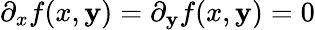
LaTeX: \partial_{x}f(x,\mathbf{y})=\partial_{\mathbf{y}}f(x,\mathbf{y})=0